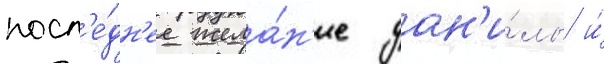
посл'е́дн'ее жела́н'ие дан'и́лы и́